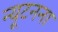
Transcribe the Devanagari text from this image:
न्यूटनना